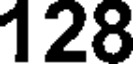
128